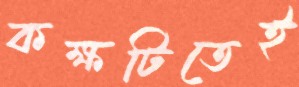
কক্ষটিতেই